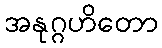
အနုဂ္ဂဟိတော